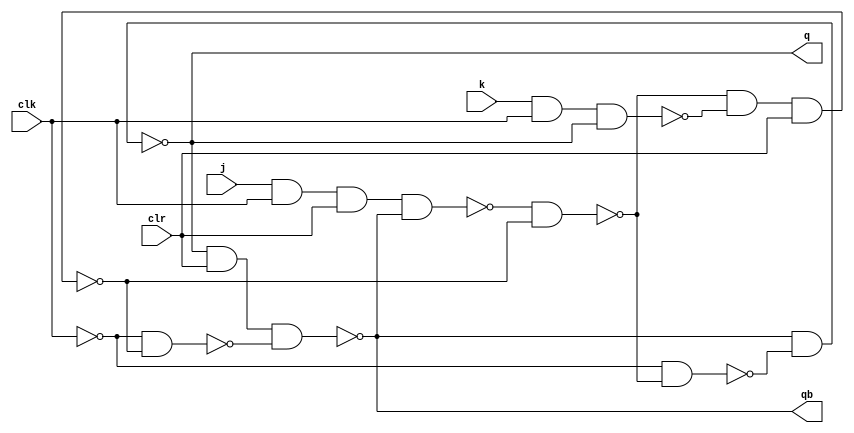
//for input 0000-1000-1100-1110-1111-0111-0011-0001-0000 sujan prodhan ru.cse-29

module masterslavejkff(q, qb, j, k, clr, clk);
   
    output q, qb; 
   input j, k, clr, clk;
    wire a, b, c, d, e, f;
    
    nand(a, j,clk, clr, qb);
    nand(b, k,clk,  q);
    nand(c, a, d);
    nand(d, c, b,clr);
    
    wire clkb;
    not (clkb ,clk); // Invert the clock signal
    
    nand(e, clkb, c);
    nand(f, clkb, d);
    nand(q, qb, e);
    nand(qb, q, clr, f);
endmodule


module sequentialUPdown(q,qb,clr,clk);

output [3:0]q,qb;
input clr,clk;


masterslavejkff f1(q[0],qb[0],q[1],qb[1],clr,clk);

masterslavejkff f2(q[1],qb[1],q[2],qb[2],clr,clk);

masterslavejkff f3(q[2],qb[2],q[3],qb[3],clr,clk);

masterslavejkff f4(q[3],qb[3],qb[0],q[0],clr,clk);

endmodule